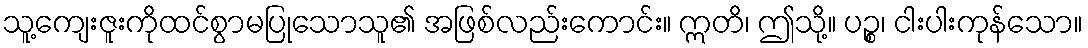
သူ့ကျေးဇူးကိုထင်စွာမပြုသောသူ၏ အဖြစ်လည်းကောင်း။ ဣတိ၊ ဤသို့။ ပဉ္စ၊ ငါးပါးကုန်သော။